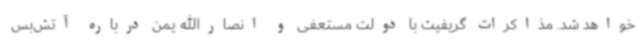
خواهد شد. مذاکرات گریفیث با دولت مستعفی و انصارالله یمن درباره آتش‌بس